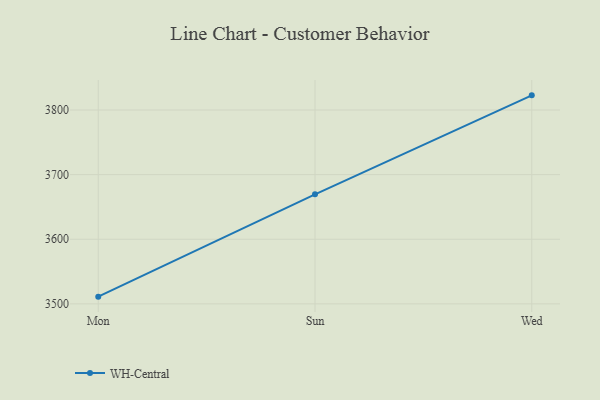
{"axis": {"x": "Day", "y": "Production Output"}, "legend": ["WH-Central"], "data": [{"x": "Mon", "y": 3511.2, "type": "WH-Central"}, {"x": "Sun", "y": 3669.5, "type": "WH-Central"}, {"x": "Wed", "y": 3822.7, "type": "WH-Central"}]}